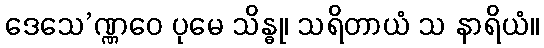
ဒေသေ’ဏ္ဏဝေ ပုမေ သိန္ဓု၊ သရိတာယံ သ နာရိယံ။